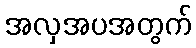
အလှအပအတွက်